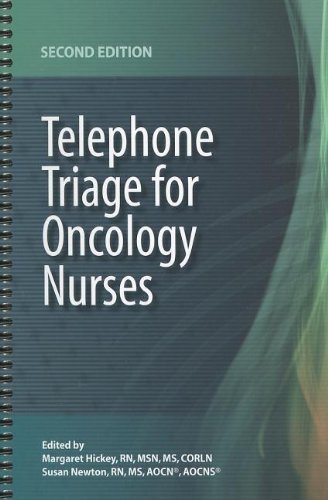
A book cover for Telephone Triage for Oncology Nurses; Medical Books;